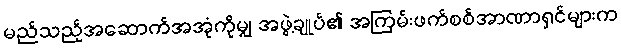
မည်သည့်အဆောက်အအုံကိုမျှ အဖွဲ့ချုပ်၏ အကြမ်းဖက်စစ်အာဏာရှင်များက